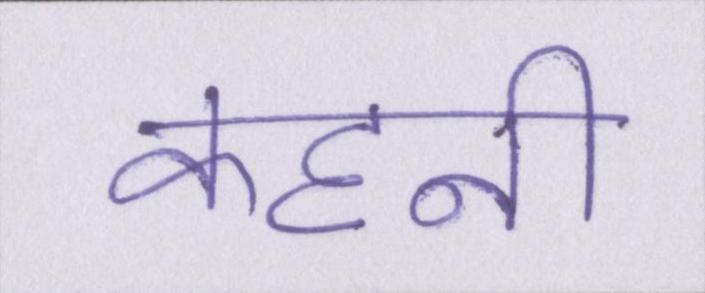
कहनी